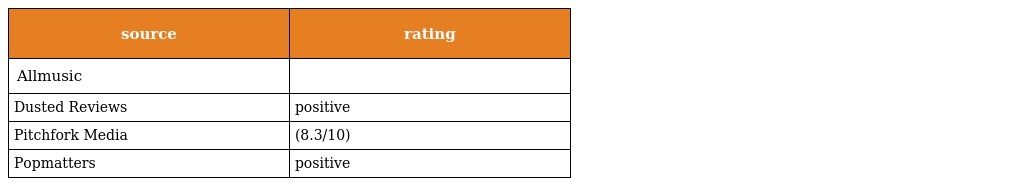
| source | rating |
 | --- | --- |
 | Allmusic |  |
 | Dusted Reviews | positive |
 | Pitchfork Media | (8.3/10) |
 | Popmatters | positive |